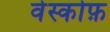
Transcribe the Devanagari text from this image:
वेस्कोफ़